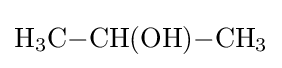
{\mathrm {H} {\vphantom {A}}_{\smash[{t}]{3}}\mathrm {C} {-}\mathrm {CH} (\mathrm {OH} ){-}\mathrm {CH} {\vphantom {A}}_{\smash[{t}]{3}}}